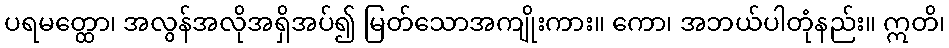
ပရမတ္ထော၊ အလွန်အလိုအရှိအပ်၍ မြတ်သောအကျိုးကား။ ကော၊ အဘယ်ပါတုံနည်း။ ဣတိ၊